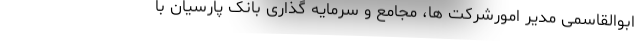
ابوالقاسمی مدیر امورشرکت ها، مجامع و سرمایه گذاری بانک پارسیان با